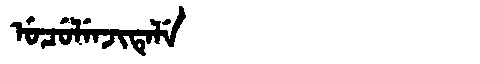
Manchu: ᡠᠴᡠᠯᡝᠨᠵᡳᡨᡝᠯᡝ
Romanization: UCULENJITELE